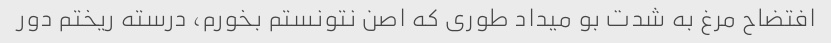
افتضاح مرغ به شدت بو میداد طوری که اصن نتونستم بخورم، درسته ریختم دور